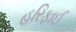
હરિફાઈ